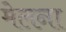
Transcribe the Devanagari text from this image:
मेलना